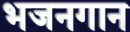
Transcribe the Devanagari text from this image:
भजनगान